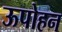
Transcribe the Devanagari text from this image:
ऊपोहन